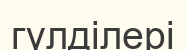
гүлділері